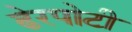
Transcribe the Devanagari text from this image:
ढेरपोटी